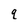
Character: q